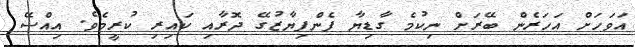
އަވަހަށް އަހަރެން ބޭރަށް ނިކުމެ ގާޑިޔާ ފެންފިޔާޒުގޭ ދޮރާއި ކައިރި ކުރީމެވެ. އިއްސޭ